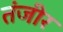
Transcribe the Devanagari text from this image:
तंजीर